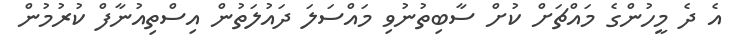
އެ ދެ މީހުންގެ މައްޗަށް ކުށް ސާބިތުނުވި މައްސަލަ ދައުލަތުން އިސްތިއުނާފް ކުރުމުން